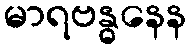
မာရဗန္ဓနေန